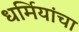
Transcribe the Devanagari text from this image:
धर्मियांचा